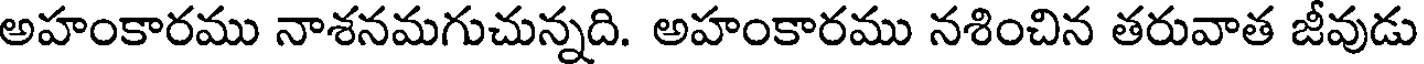
అహంకారము నాశనమగుచున్నది. అహంకారము నశించిన తరువాత జీవుడు